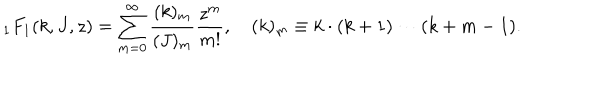
{ } _ { 1 } F _ { 1 } ( k , J , z ) = \sum _ { m = 0 } ^ { \infty } \frac { ( k ) _ { m } } { ( J ) _ { m } } \frac { z ^ { m } } { m ! } , \quad ( k ) _ { m } \equiv k \cdot ( k + 1 ) \cdots ( k + m - 1 ) .